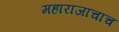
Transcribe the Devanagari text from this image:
महाराजांचाच